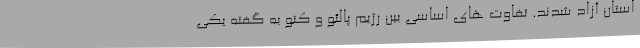
استان آزاد شدند. تفاوت های اساسی بین رژیم پالئو و کتو به گفته یکی